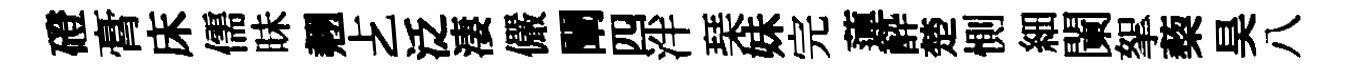
磴膏床儒昧翹𠧒泛淒儼闡四泮琹妹完蓮酔楚惻細闌挐蔾昊八